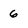
Character: 6